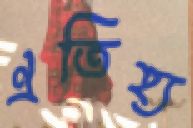
ঐতিহ্য